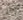
رجل